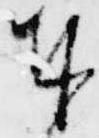
奉